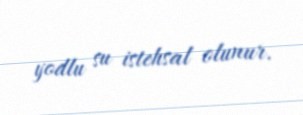
yodlu su istehsal olunur.